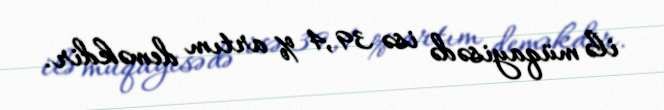
ilə müqayisədə isə 39,4 % artım deməkdir.